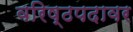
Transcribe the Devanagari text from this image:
वरिष्ठपदावर